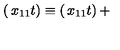
\left( \begin{matrix} { x _ { 1 1 } } \\ { t } \\ \end{matrix} \right) \equiv \left( \begin{matrix} { x _ { 1 1 } } \\ { t } \\ \end{matrix} \right) +